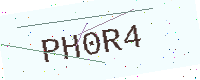
Text: PH0R4